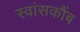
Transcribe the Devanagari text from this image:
स्वांसकौंब